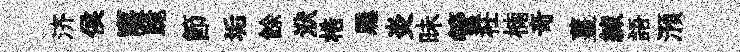
济侯窿跪節垢餘洑梏屨炎昧管衽楠竒薑練語澦